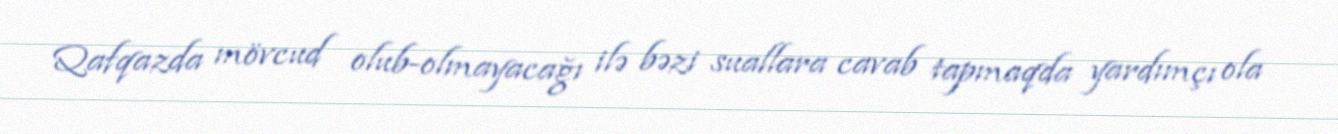
Qafqazda mövcud olub-olmayacağı ilə bəzi suallara cavab tapmaqda yardımçı ola